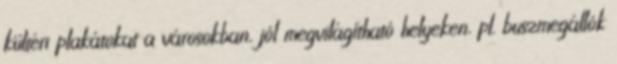
kültéri plakátokat a városokban, jól megvilágítható helyeken, pl. buszmegállók